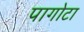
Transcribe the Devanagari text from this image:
पागोटा